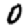
Digit: 0